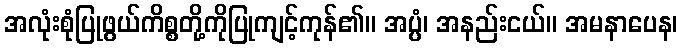
အလုံးစုံပြုဖွယ်ကိစ္စတို့ကိုပြုကျင့်ကုန်၏။ အပ္ပံ၊ အနည်းငယ်။ အမနာပေန၊